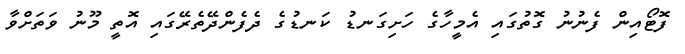
ފޮޓޯއިން ފެނުނު ގޮތުގައި އެމީހާގެ ހަށިގަނޑު ކަނޑުގެ ދެފެންދޭތެރޭގައި އޮތީ މޫނު ވަތަށްވާ